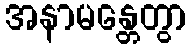
အနာမန္တေတွာ